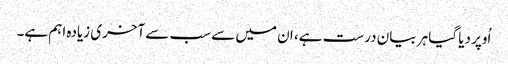
اُوپر دیا گیا ہر بیان درست ہے، ان میں سے سب سے آخری زیادہ اہم ہے۔